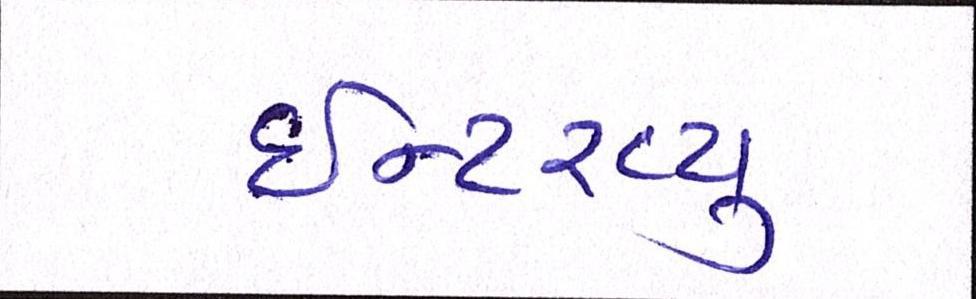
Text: ઈન્ટરવ્યૂ